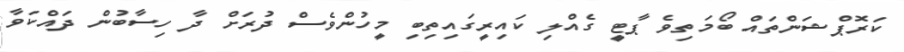
ކަރޮޕްޝަންތައް ބޯމަތިވެ ޕާޓީ ގެއްލި ކައިރީގައިތިބި މީހުންވެސްް ދުރަށް ދާ ހިސާބުން ދައްކަވާ